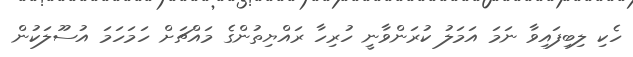
ހެކި ލިބިފައިވާ ނަމަ އަމަލު ކުރަންވާނީ ހުރިހާ ރައްޔިތުންގެ މައްޗަށް ހަމަހަމަ އުސޫލަކުން